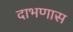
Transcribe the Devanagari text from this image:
दाभणास